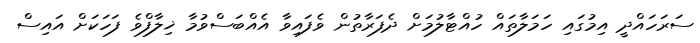
ސަރަހައްދީ އިމުގައި ހަމަލާތައް ހުއްޓާލުމަށް ދެފަރާތުން ވެފައިވާ އެއްބަސްވުމާ ޚިލާފްވެ ފަހަކަށް އައިސް